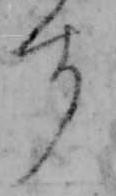
す